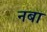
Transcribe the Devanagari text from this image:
नबा